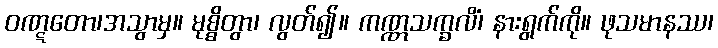
ဝဏ္ဋတော၊အသွာမှ။ မုစ္စိတွာ၊ လွတ်၍။ ကဏ္ဏသက္ခလိံ၊ နားရွက်ကို။ ဖုသမာနဿ၊